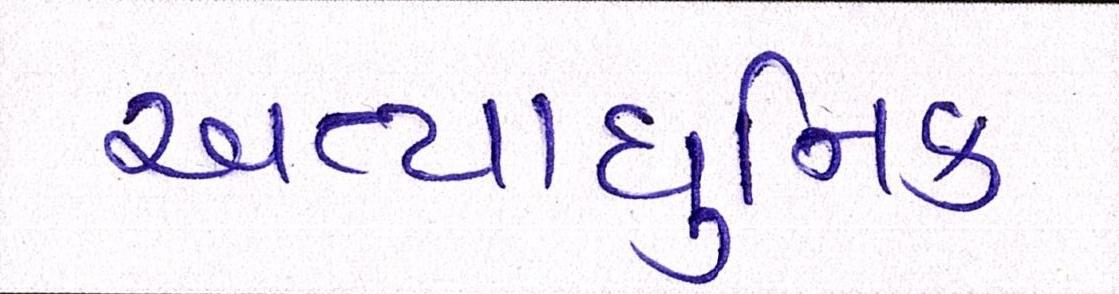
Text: અત્યાધુનિક